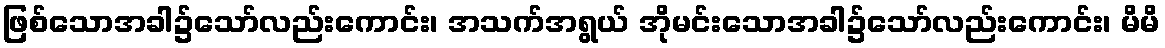
ဖြစ်သောအခါ၌သော်လည်းကောင်း၊ အသက်အရွယ် အိုမင်းသောအခါ၌သော်လည်းကောင်း၊ မိမိ